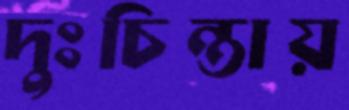
দুঃচিন্তায়